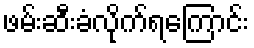
ဖမ်းဆီးခံလိုက်ရကြောင်း